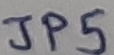
Text: JP5